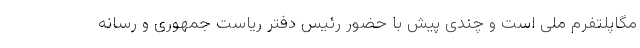
مگاپلتفرم ملی است و چندی پیش با حضور رئیس دفتر ریاست جمهوری و رسانه